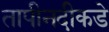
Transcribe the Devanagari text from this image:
तापीनदीकडे